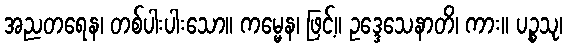
အညတရေန၊ တစ်ပါးပါးသော။ ကမ္မေန၊ ဖြင့်။ ဥဒ္ဒေသေနာတိ၊ ကား။ ပဉ္စသု၊